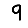
Digit: 9